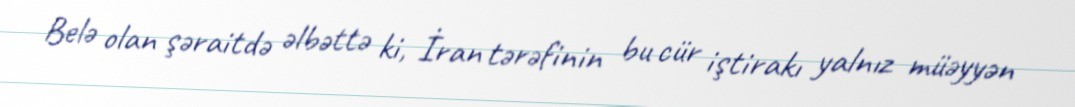
Belə olan şəraitdə əlbəttə ki, İran tərəfinin bu cür iştirakı yalnız müəyyən